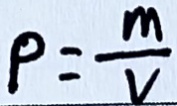
\rho = \frac { m } { v }